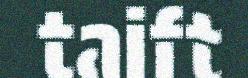
taift